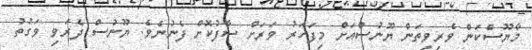
މާޔޫސްކަން ވެރިވިތަން ޔޫނުސްއަށް މިފަހަރު ވަރަށް ސާފުކޮށް ފެނުނެވެ. ޔޫނުސް ދެރަވި ވަގުތު